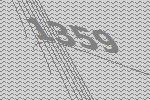
1359